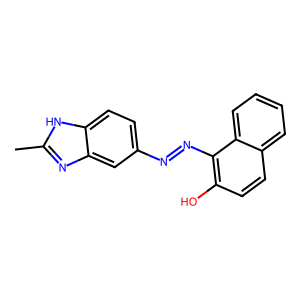
SMILES: Cc1nc2cc(N=Nc3c(O)ccc4ccccc34)ccc2[nH]1
Inhibits HIV replication: No